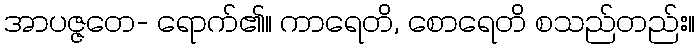
အာပဇ္ဇတေ- ရောက်၏။ ကာရေတိ, စောရေတိ စသည်တည်း။